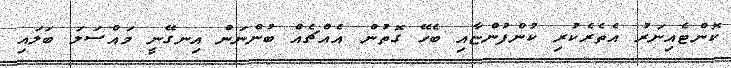
ކޮންޓެއިނަރު އެތެރެކުރި ކުންފުންޏާއި ބެހޭ ގޮތުން އެއްޗެއް ބުންނަން އިނގޭނީ މައްސަލަ ބަލައި